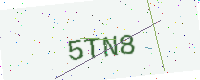
Text: 5TN8